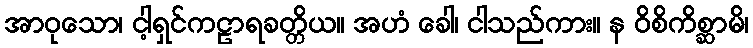
အာဝုသော၊ ငါ့ရှင်ကဠာရခတ္တိယ။ အဟံ ခေါ၊ ငါသည်ကား။ န ဝိစိကိစ္ဆာမိ၊